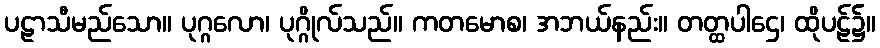
ပဠာသီမည်သော။ ပုဂ္ဂလော၊ ပုဂ္ဂိုလ်သည်။ ကတမောစ၊ အဘယ်နည်း။ တတ္ထပါဌေ၊ ထိုပဠ်၌။